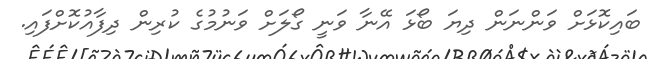
ބައިކޮޅަށް ވަންނަން ދިޔަ ބޯޅަ އޭނާ ވަނީ ގޯލަށް ވަނުމުގެ ކުރިން ދިފާއުކޮށްފައި.